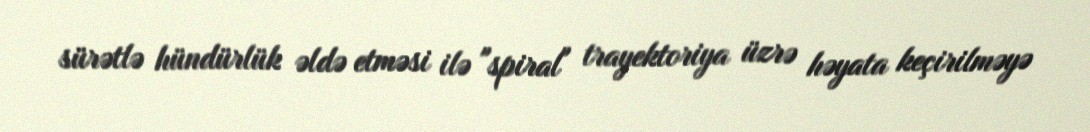
sürətlə hündürlük əldə etməsi ilə "spiral" trayektoriya üzrə həyata keçirilməyə